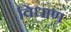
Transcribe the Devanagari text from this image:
विधाण